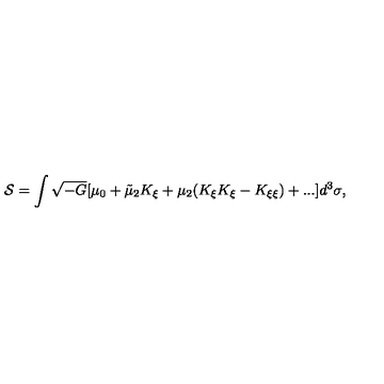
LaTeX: { \cal S } = \int \sqrt { - G } [ \mu _ { 0 } + \tilde { \mu } _ { 2 } K _ { \xi } + \mu _ { 2 } ( K _ { \xi } K _ { \xi } - K _ { \xi \xi } ) + . . . ] d ^ { 3 } \sigma ,